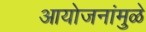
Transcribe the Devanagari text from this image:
आयोजनांमुळे